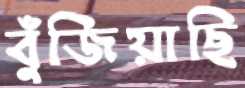
বুঁজিয়াছি